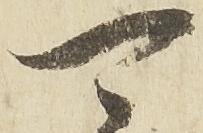
可